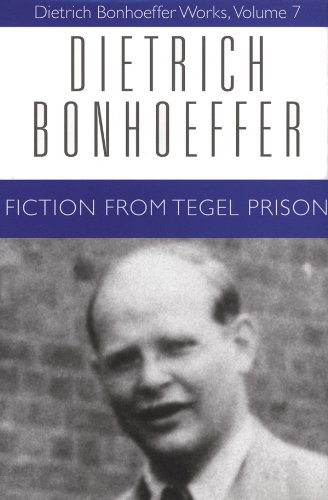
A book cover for Fiction from Tegel Prison (Dietrich Bonhoeffer Works, Vol. 7) (v. 7); Dietrich Bonhoeffer; Christian Books & Bibles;